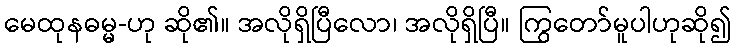
မေထုနဓမ္မ-ဟု ဆို၏။ အလိုရှိပြီလော၊ အလိုရှိပြီ။ ကြွတော်မူပါဟုဆို၍